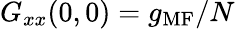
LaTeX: G_{xx}(0,0)=g_{\mathrm{MF}}/N